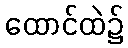
ထောင်ထဲ၌